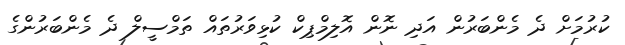
ކުރުމަށް ދެ މެންބަރުން އަދި ނޮން އޮލިމްޕިކް ކުޅިވަރުތައް ތަމްސީލް ދެ މެންބަރުންގެ